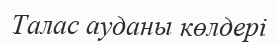
Талас ауданы көлдері